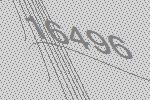
16496